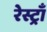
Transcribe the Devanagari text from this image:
रेस्ट्राँ